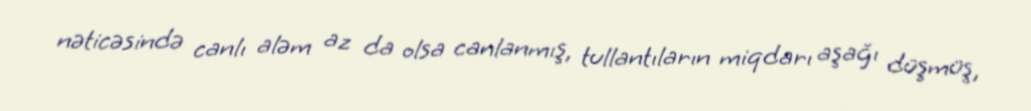
nəticəsində canlı aləm az da olsa canlanmış, tullantıların miqdarı aşağı düşmüş,